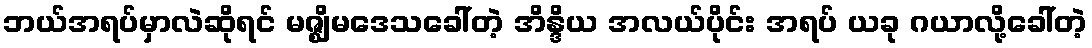
ဘယ်အရပ်မှာလဲဆိုရင် မဇ္ဈိမဒေသခေါ်တဲ့ အိန္ဒိယ အလယ်ပိုင်း အရပ် ယခု ဂယာလို့ခေါ်တဲ့